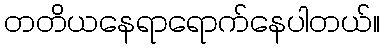
တတိယနေရာရောက်နေပါတယ်။